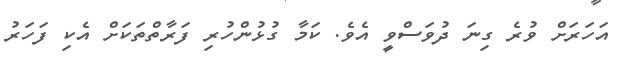
އަހަރަށް ވުރެ ގިނަ ދުވަސްވީ އެވެ. ކަމާ ގުޅުންހުރި ފަރާތްތަކަށް އެކި ފަހަރު